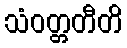
သံဝတ္တတီတိ